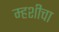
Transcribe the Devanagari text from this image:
म्हशीचा